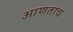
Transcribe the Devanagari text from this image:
आणताच